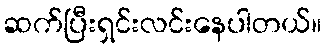
ဆက်ပြီးရှင်းလင်းနေပါတယ်။